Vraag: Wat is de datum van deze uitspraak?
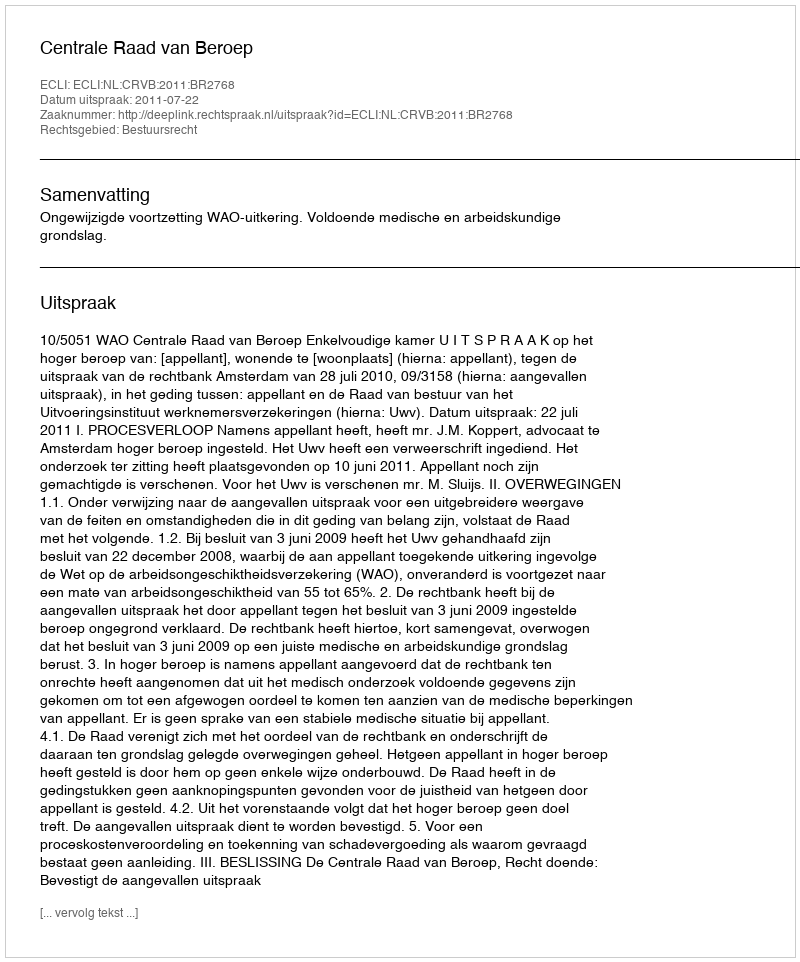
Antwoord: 2011-07-22